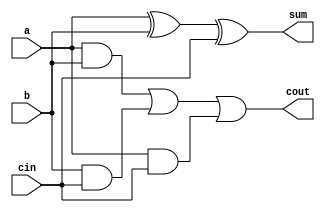
// 1  - 
module full_adder4(a,b,cin,sum,cout);
input a,b,cin;
output sum,cout;
reg sum,cout;
reg m1,m2,m3;

always @(a or b or cin) begin
    sum = (a ^ b) ^ cin;
    m1 = a & b;
    m2 = b & cin;
    m3 = a & cin;
    cout = (m1 | m2) | m3;
end

endmodule